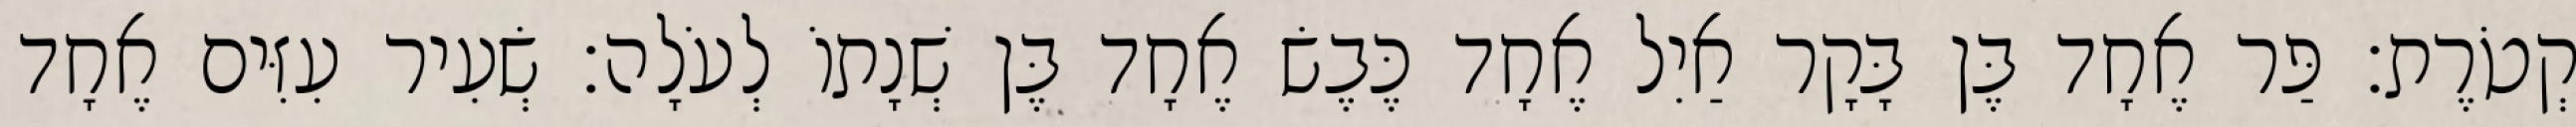
קְטֹרֶת׃ פַּר אֶחָד בֶּן בָּקָר אַיִל אֶחָד כֶּבֶשׂ אֶחָד בֶּן שְׁנָתוֹ לְעֹלָה׃ שְׂעִיר עִזִּים אֶחָד